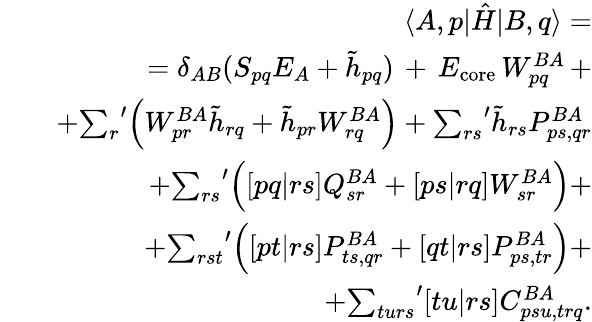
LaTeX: \begin{array}{rlr}&{}&{\langle A,p|\hat{H}|B,q\rangle=}\\ &{}&{=\delta_{AB}(S_{pq}E_{A}+\tilde{h}_{pq})\, +\, E_{\mathrm{core}}\, W_{pq}^{BA}\, +}\\ &{}&{+{\sum_{r}}^{\prime}\Big(W_{pr}^{BA}\tilde{h}_{rq}+\tilde{h}_{pr}W_{rq}^{BA}\Big)+{\sum_{rs}}^{\prime}\tilde{h}_{rs}P_{ps,qr}^{BA}}\\ &{}&{+{\sum_{rs}}^{\prime}\Big([pq|rs]Q_{sr}^{BA}+[ps|rq]W_{sr}^{BA}\Big)+}\\ &{}&{+{\sum_{rst}}^{\prime}\Big([pt|rs]P_{ts,qr}^{BA}+[qt|rs]P_{ps,tr}^{BA}\Big)+}\\ &{}&{+{\sum_{turs}}^{\prime}[tu|rs]C_{psu,trq}^{BA}.}\end{array}